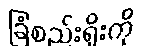
ခြံစည်းရိုးကို